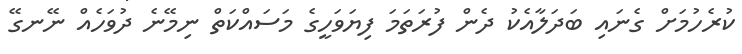
ކުރެހުމަށް ގެނައި ބަދަލާއެކު ދެން ފުރަތަމަ ފިޔަވަހީގެ މަސައްކަތް ނިމޭނެ ދުވަހެއް ނޭނގޭ